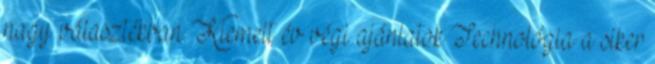
nagy választékban. Kiemelt év végi ajánlatok Technológia a siker